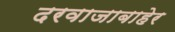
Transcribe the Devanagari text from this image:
दरवाजाबाहेर